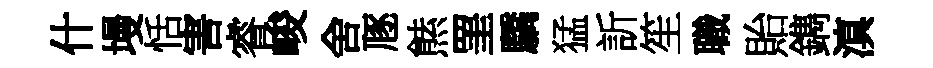
什墁恬害睿峻舍豗㷱罣驕猛訢笙職貽鐫滇